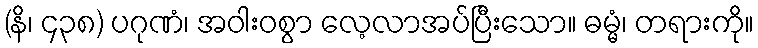
(နိ၊ ၄၃၈) ပဂုဏံ၊ အဝါးဝစွာ လေ့လာအပ်ပြီးသော။ ဓမ္မံ၊ တရားကို။